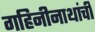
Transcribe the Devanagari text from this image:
गहिनीनाथांची